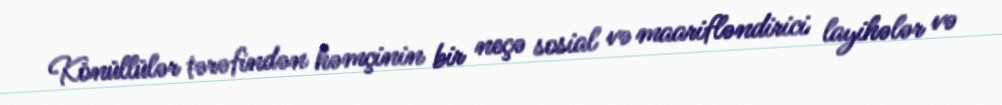
Könüllülər tərəfindən həmçinin bir neçə sosial və maarifləndirici layihələr və